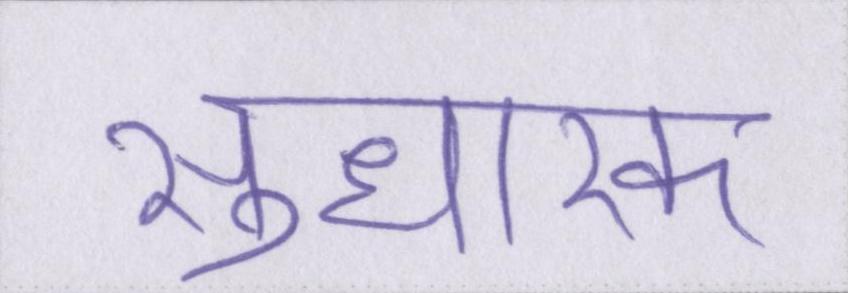
सुधारक